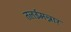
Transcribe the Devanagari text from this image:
तलईमन्नार